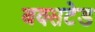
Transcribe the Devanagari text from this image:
बक्सटेड